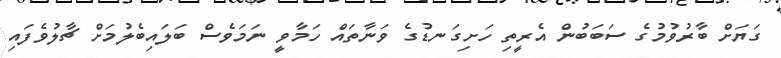
ގަޔަށް ބާރުވުމުގެ ސަބަބުން އެރީތި ހަށިގަނޑުގެ ވަނާތައް ހަމާވީ ނަމަވެސް ބަލައިބެލުމަށް ޗާލުވެފައި